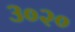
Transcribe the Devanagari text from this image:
३०२०